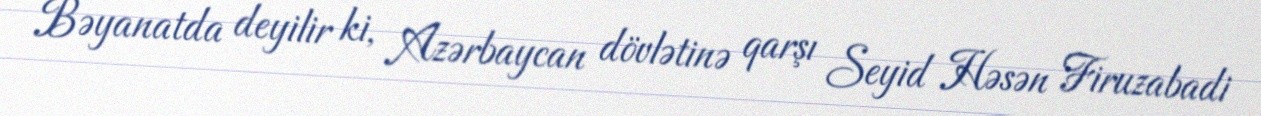
Bəyanatda deyilir ki, Azərbaycan dövlətinə qarşı Seyid Həsən Firuzabadi